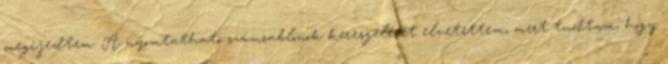
megijedtem. A nyomtatható számsablonok keresgélését elvetettem, mert tudtam, hogy